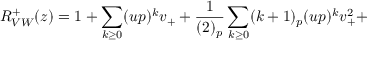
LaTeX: R _ { V W } ^ { + } ( z ) = 1 + \sum _ { k \geq 0 } ( u p ) ^ { k } v _ { + } + \frac { 1 } { ( 2 ) _ { p } } \sum _ { k \geq 0 } ( k + 1 ) _ { p } ( u p ) ^ { k } v _ { + } ^ { 2 } +